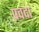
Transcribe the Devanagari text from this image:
प्रवदा